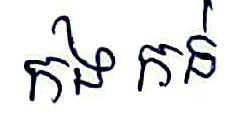
កងកន់